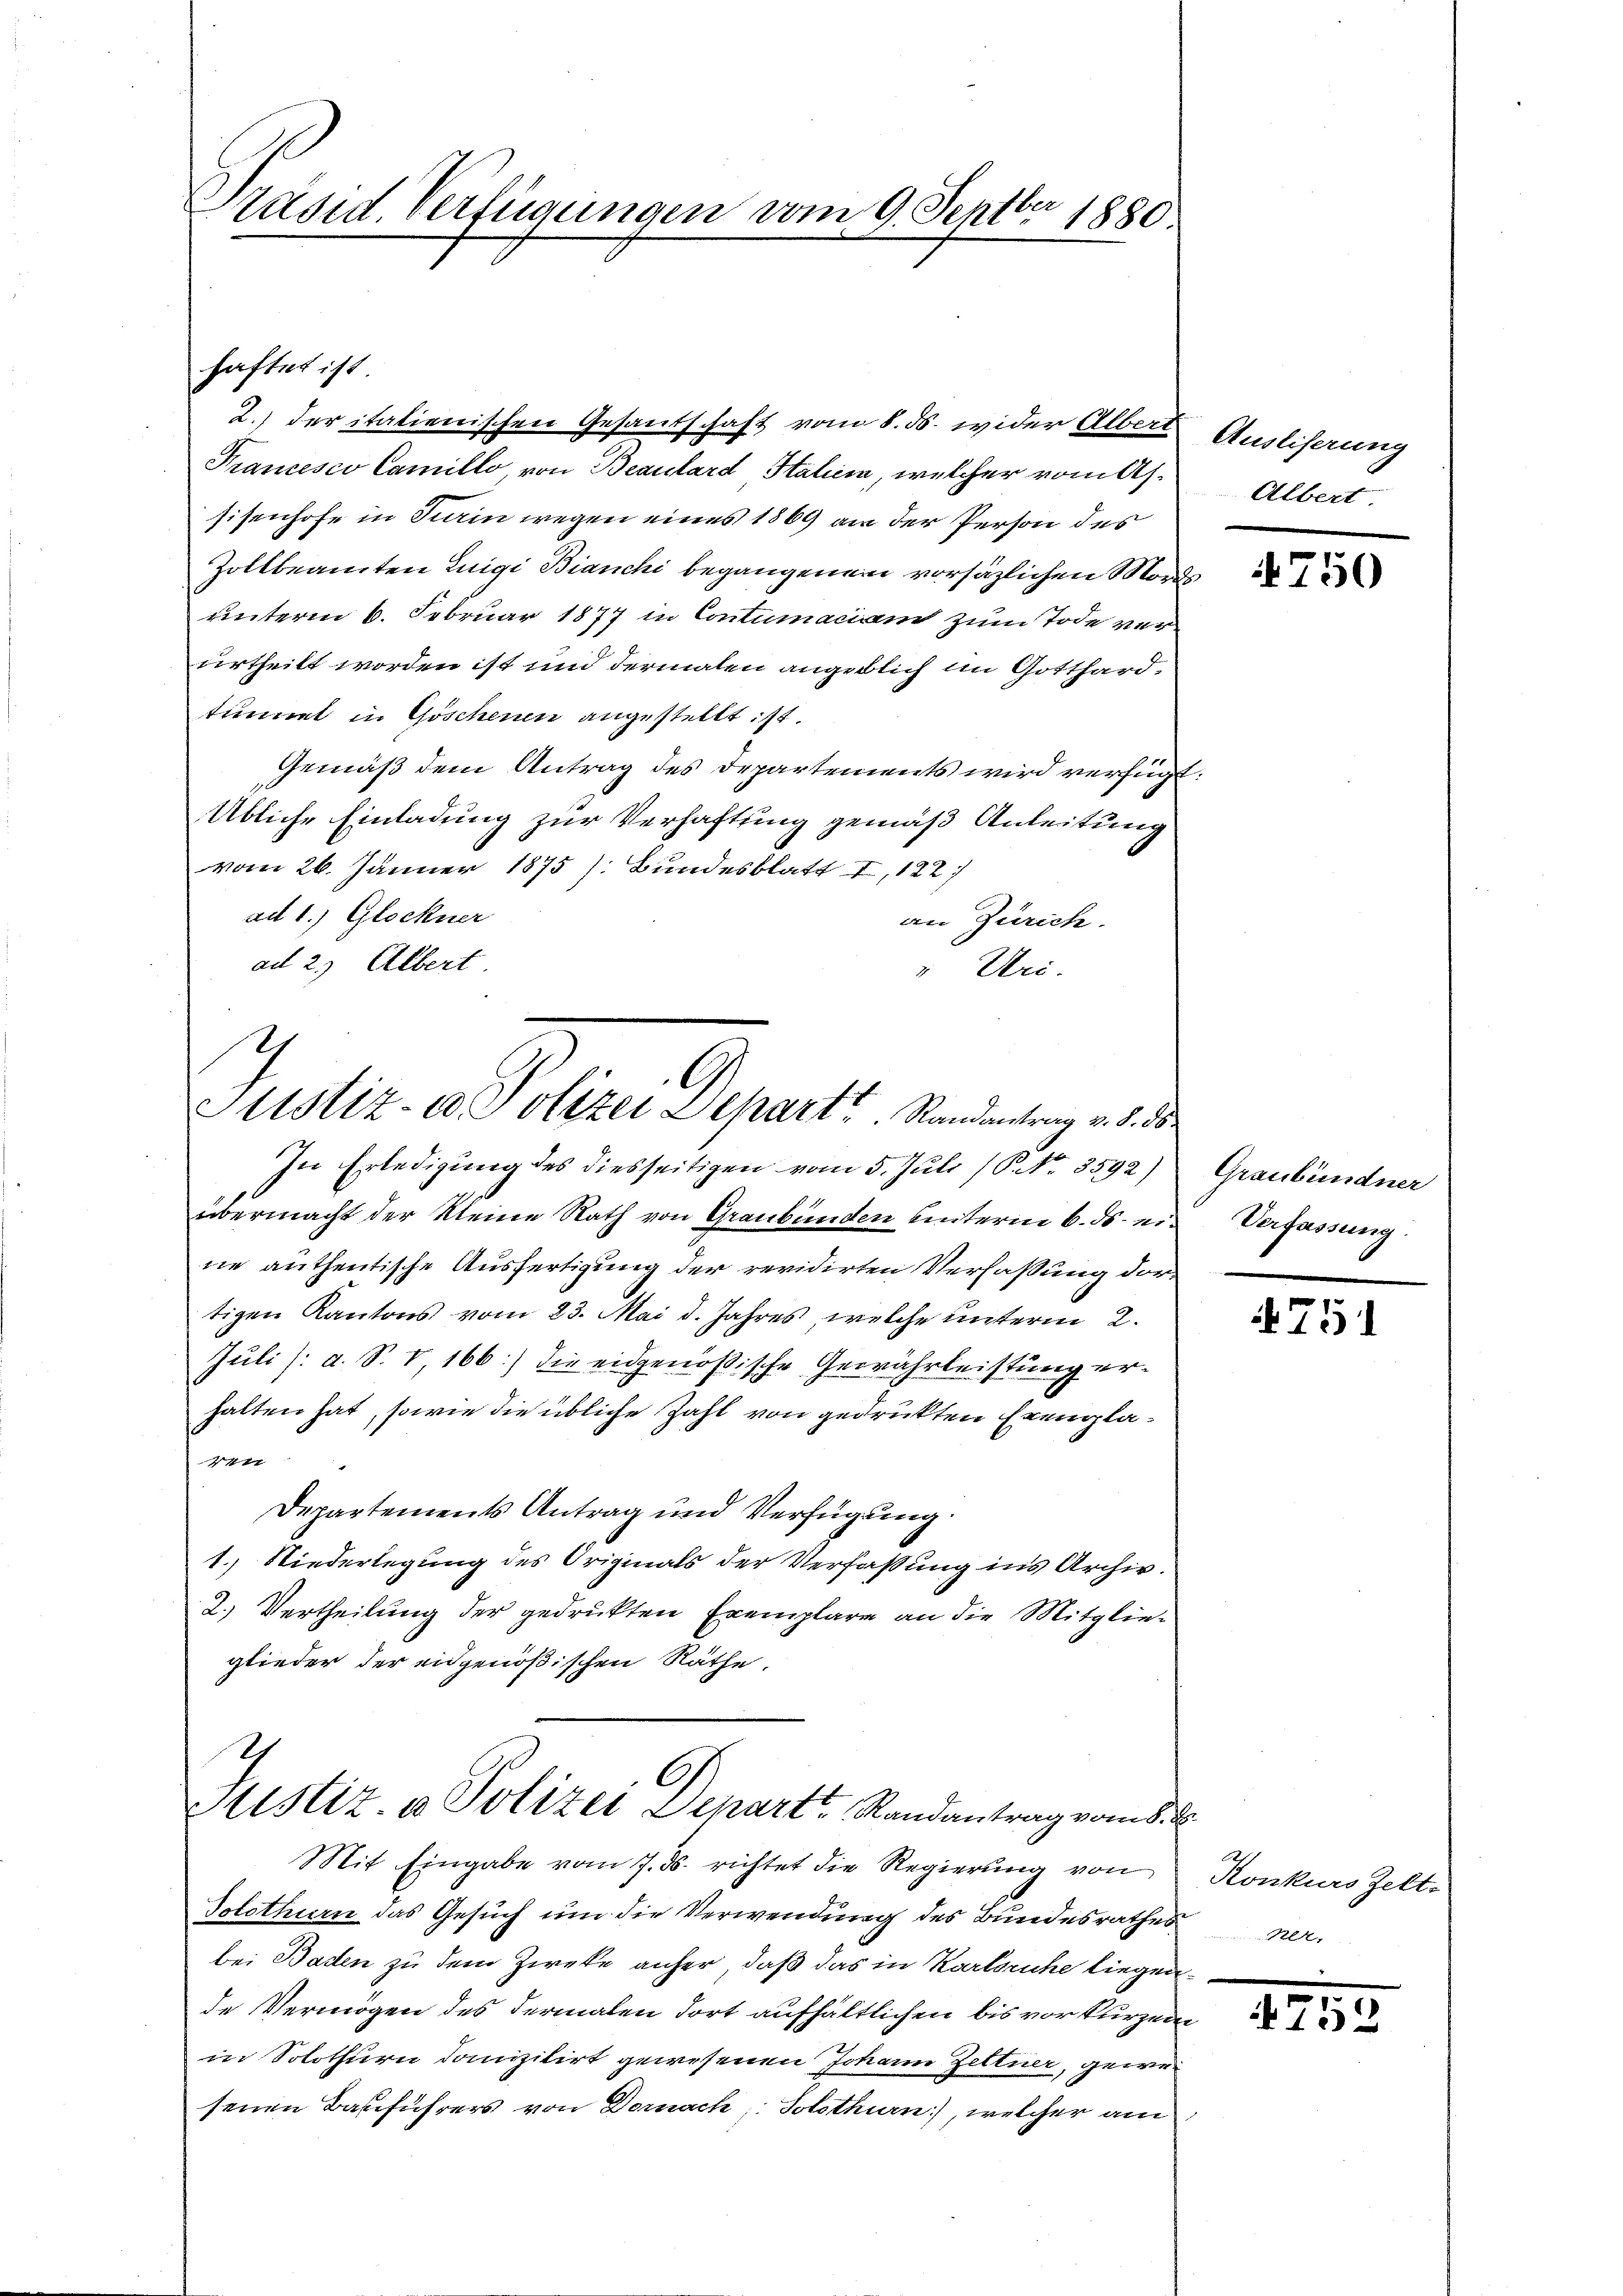
Präsid. Verfügungen vom 9. Septbr 1880

2.) der italienischen Gesandschaft vom 8. ds. wider Albert Ausliserung
Krancesco Camillo, von Beaulard Stalien, welcher vom Ah.
sisenhofe in Turin wegen eines 1869 an der Person des
Zollbeamten Luigi Bianchi begangenem vorsätzlichen Morde
unterm 6. Februar 1877 in Contumaciam zum Tode verurtheilt worden ist und dermalen angeblich im Gotthardtinet in Göschenen angestellt ist.
Gemäß dem Antrag des Departements wird verfügt
Übliche Einladung zur Verhaftung gemäß Anleitung
vom 26. Jänner 1875). Bundesblatt II, 122
ad 1.) Glockner
an Zürich.
ad 2.) Albert
" Uni-

haftet ist

In Erledigung des diesseitigen vom 5. Juli (P. Nr. 3592)
übermacht der kleine Rath von Graubünden hinterm 6. ds. eine anthentische Ausfertigung der revidirten Verfaßung dortigen Kantons vom 23. Mai d. Jahres, welche unterm 2.
Juli /: a. S. V, 166) die eidgenößische Gewährleistung erhalten hat, sowie die übliche Zahl von gedruckten Exempla¬
417
Departements Antrag und Verfügung.
1.) Niederlegung des Originals der Verfassung ins Archiv.
2.) Vertheilung der gedruckten Exemplare an die Mitglieglieder der eidgenößischen Räthe.

T
Justiz- & Polizei Depart Randantrag v. 8. ds

I
Sistiz- & Polizei Depart Randantrag vom 8.

Albert

Mit Eingabe vom 7. ds. richtet die Regierung von
Solothurn das Gesuch um die Verwendung des Bundesrathes
bei Basten zu dem Zwecke anher, daß das in Karlsruhe liegende Vermögen des dermalen dort aufhältlichen bis vor kurzen
in Solothurn danizilirt gewesenen Johann Zettner, gewesenen Bauführers von Dornach Solothurn), welcher am

.

750

Graubündner
Verfassung.

751

Konkurs Zelt-
Rer.

752